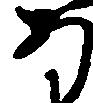
あ